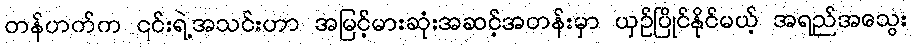
တန်ဟက်က ၎င်းရဲ့အသင်းဟာ အမြင့်မားဆုံးအဆင့်အတန်းမှာ ယှဉ်ပြိုင်နိုင်မယ့် အရည်အသွေး